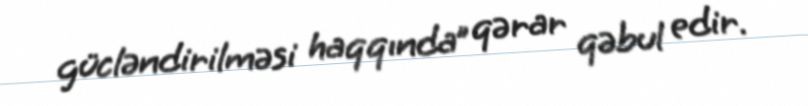
gücləndirilməsi haqqında” qərar qəbul edir.